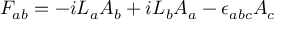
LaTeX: F _ { a b } = - i L _ { a } A _ { b } + i L _ { b } A _ { a } - \epsilon _ { a b c } A _ { c }